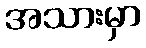
အသားမှာ